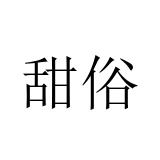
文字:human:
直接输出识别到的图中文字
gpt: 甜俗